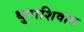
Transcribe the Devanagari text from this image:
धुराशिवाय